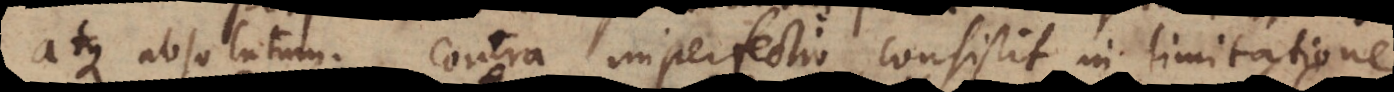
atque absolutum. Contra imperfectio consistit in limitatione.